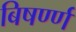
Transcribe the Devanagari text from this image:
बिषर्ण्ण